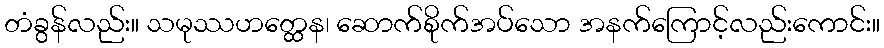
တံခွန်လည်း။ သမုဿဟတ္ထေန၊ ဆောက်စိုက်အပ်သော အနက်ကြောင့်လည်းကောင်း။